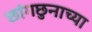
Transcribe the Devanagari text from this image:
छांगछुनाच्या